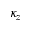
\kappa _ { z }